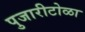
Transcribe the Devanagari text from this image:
पुजारीटोळा